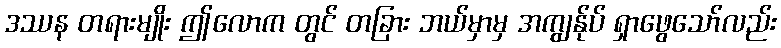
ဒဿန တရားမျိုး ဤလောက တွင် တခြား ဘယ်မှာမှ အကျွန်ုပ် ရှာဖွေသော်လည်း